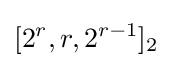
[2^{r},r,2^{r-1}]_{2}